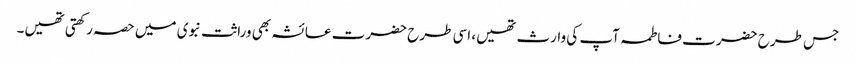
جس طرح حضرت فاطمہ آپ کی وارث تھیں، اسی طرح حضرت عائشہ بھی وراثت نبوی میں حصہ رکھتی تھیں۔